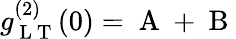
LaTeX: g_{\mathrm{~L~T~}}^{(2)}(0)=\mathrm{~A~}+\mathrm{~B~}